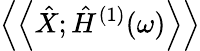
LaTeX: \left\langle\left\langle\hat{X};\hat{H}^{(1)}(\omega)\right\rangle\right\rangle